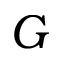
G